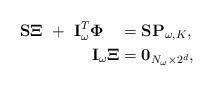
LaTeX: \begin{align*}\begin{aligned}\mathbf{S}\mathbf{\Xi}\,\, +\,\, \mathbf{I}_\omega^T\mathbf{\Phi} \quad&=\mathbf{S} \mathbf{P}_{\omega,K},\\\mathbf{I}_\omega \mathbf{\Xi}&=\mathbf{0}_{N_\omega \times 2^d},\end{aligned}\end{align*}